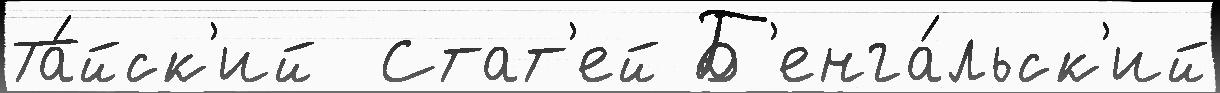
Та́йск'ий  Стат'ей Б'енга́льск'ий